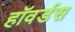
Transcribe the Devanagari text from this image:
हॉवर्डस